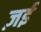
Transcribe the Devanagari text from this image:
ज़ई